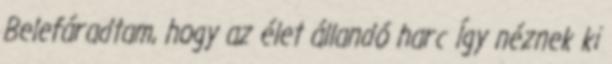
Belefáradtam, hogy az élet állandó harc Így néznek ki